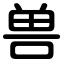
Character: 兽